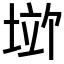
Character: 𪣱